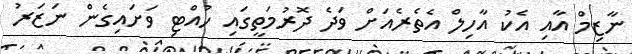
ނާޒިމް އާއި އެކު އާހިލް އެތެރެއަށް ވަދެ ދޮރުމަތީގައި ހުއްޓި ވަށައިގެން ނަޒަރު